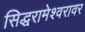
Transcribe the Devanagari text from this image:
सिद्धरामेश्वरावर